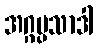
အဂ္ဂပ္ပသာဒါ